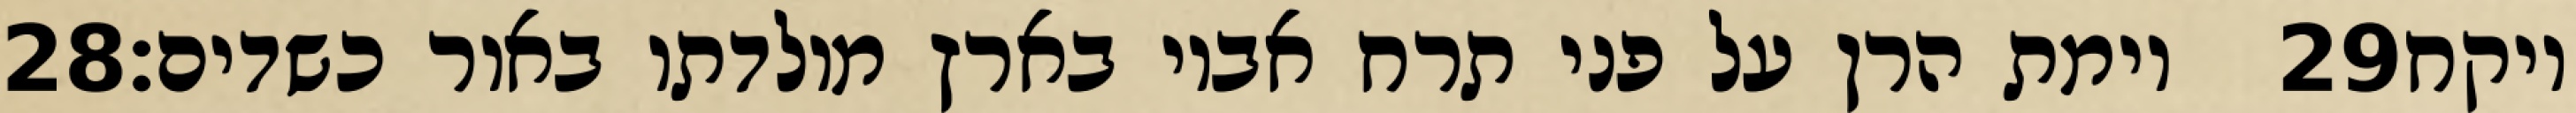
‎28‏ וימת הרן על פני תרח אביו בארץ מולדתו באור כשדים׃ ‎29‏ ויקח